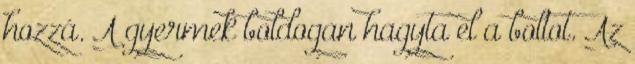
hozzá. A gyermek boldogan hagyta el a boltot. Az